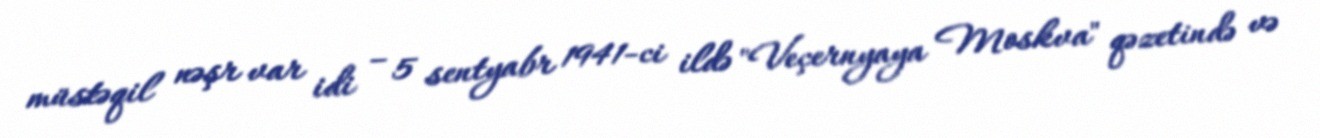
müstəqil nəşr var idi – 5 sentyabr 1941-ci ildə "Veçernyaya Moskva" qəzetində və